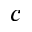
_ c